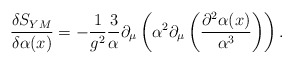
\begin{align*}\frac{\delta S_{YM}}{\delta \alpha (x)} =-\frac{1}{g^2}\frac{3}{\alpha } \partial _\mu \left(\alpha ^2\partial _\mu \left(\frac{\partial ^2\alpha (x)}{\alpha ^3}\right)\right).\end{align*}